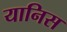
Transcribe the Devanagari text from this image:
यानिस